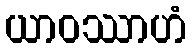
ယာဝဿာဟံ